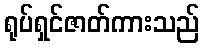
ရုပ်ရှင်ဇာတ်ကားသည်